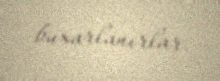
buxarlanırlar.